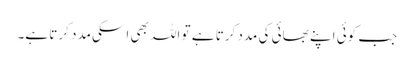
جب کوئی اپنے بھائی کی مدد کرتا ہے تو اللہ بھی اسکی مدد کرتا ہے۔